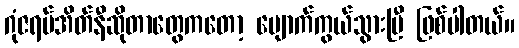
ဂုံဇရပ်အိတ်နီဆိုတာတွေကတော့ ပျောက်ကွယ်သွားပြီ ဖြစ်ပါတယ်။